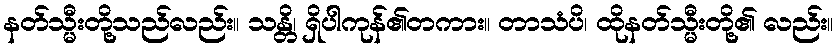
နတ်သ္မီးတို့သည်လည်း။ သန္တိ၊ ရှိပါကုန်၏တကား။ တာသံပိ၊ ထိုနတ်သ္မီးတို့၏ လည်း။